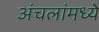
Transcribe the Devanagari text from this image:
अंचलांमध्ये